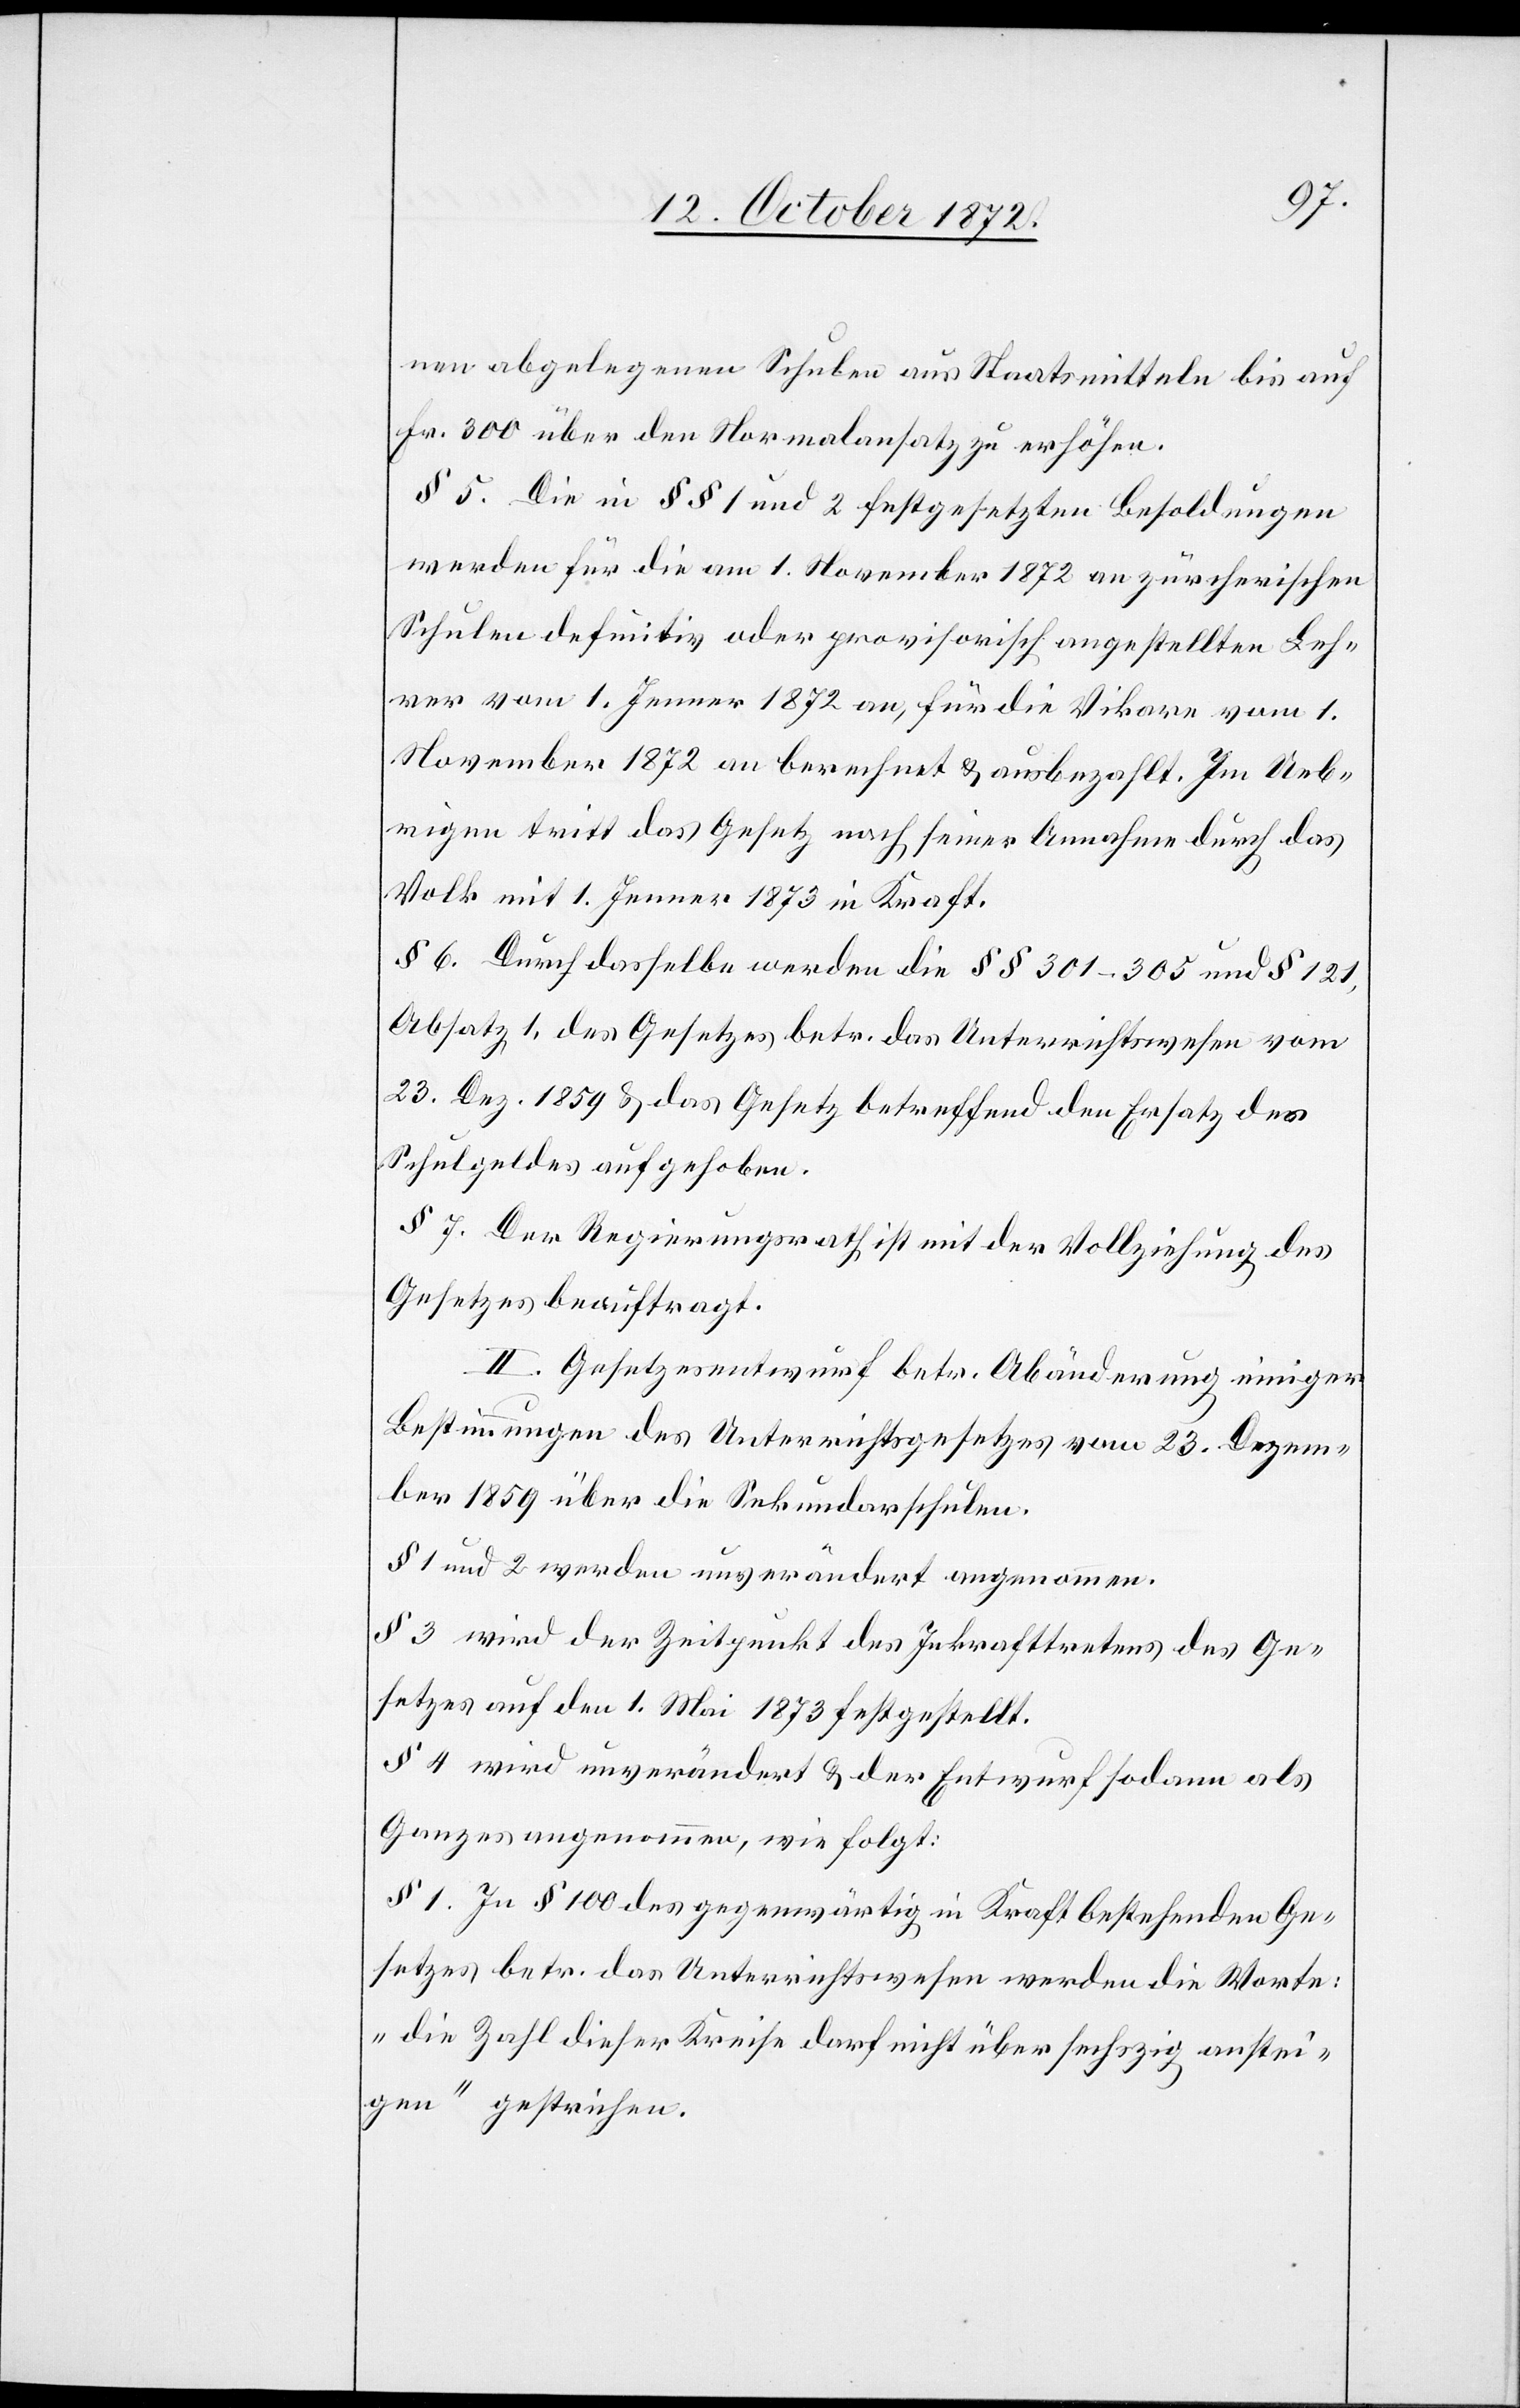
nen abgelegenen Schulen aus Staatsmitteln bis auf
Fr. 300 über den Normalansatz zu erhöhen.
§ 5. Die in §§ 1 und 2 festgesetzten Besoldungen
werden für die am 1. November 1872 an zürcherischen
Schulen definitiv oder provisorisch angestellten Leh¬
rer vom 1. Jenner 1872 an, für die Vikare vom 1.
November 1872 an berechnet u. ausbezahlt. Im Ueb¬
rigen tritt das Gesetz nach seiner Annahme durch das
Volk mit 1. Jenner 1873 in Kraft.
§ 6. Durch dasselbe werden die §§ 301–305 und § 121,
Absatz 1, des Gesetzes betr. das Unterrichtswesen vom
23. Dez. 1859 u. das Gesetz betreffend den Ersatz des
Schulgeldes aufgehoben.
§ 7. Der Regierungsrath ist mit der Vollziehung des
Gesetzes beauftragt.
II. Gesetzesentwurf betr. Abänderung einiger
Bestimmungen des Unterrichtsgesetzes vom 23. Dezem¬
ber 1859 über die Sekundarschulen.
§ 1 und 2 werden unverändert angenommen.
§ 3 wird der Zeitpunkt des Inkrafttretens des Ge¬
setzes auf den 1. Mai 1873 festgestellt.
§ 4 wird unverändert u. der Entwurf sodann als
Ganzes angenommen, wie folgt:
§ 1. In § 100 des gegenwärtig in Kraft bestehenden Ge¬
setzes betr. das Unterrichtswesen werden die Worte:
„die Zahl dieser Kreise darf nicht über sechszig anstei¬
gen“ gestrichen.